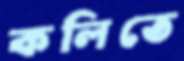
কলিতে